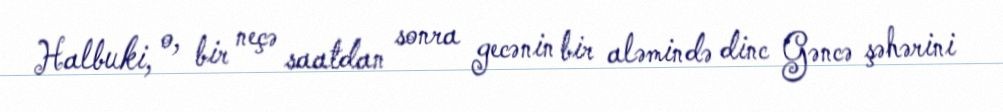
Halbuki, o, bir neçə saatdan sonra gecənin bir aləmində dinc Gəncə şəhərini